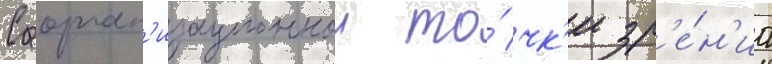
С орган'изационнои то́чк'и зр'е́н'иа